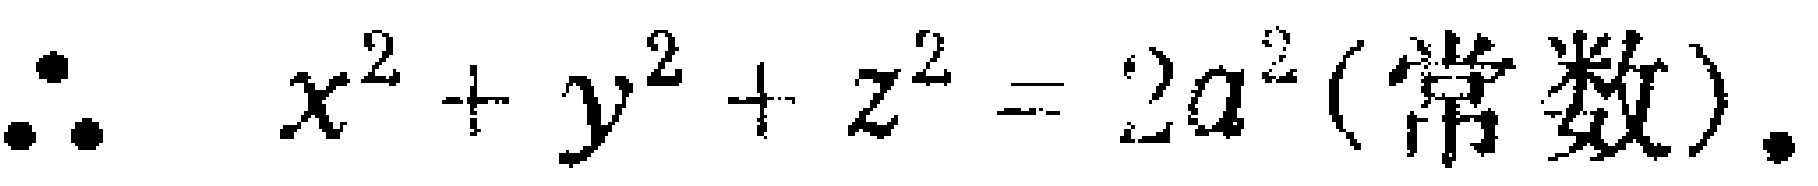
\(\therefore \quad x^{2}+y^{2}+z^{2}=2 a^{2}(\text{常数}).\)